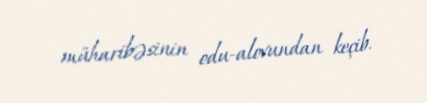
müharibəsinin odu-alovundan keçib.